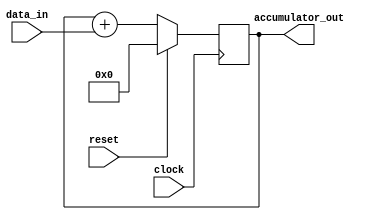
module accumulator (
    input wire reset,
    input wire clock,
    input wire [31:0] data_in,
    output reg [31:0] accumulator_out
);

reg [31:0] accumulator;

always @(posedge clock) begin
    if (reset) begin
        accumulator <= 0;
    end else begin
        accumulator <= accumulator + data_in;
        if (accumulator == 32'h7FFFFFFF) begin // overflow detection
            // handle saturation
        end
    end
end

assign accumulator_out = accumulator;

endmodule